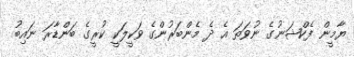
ޔާމީން ފެކްޝަނުގެ ނުވަތަ އެ ދެ މެންބަރުންގެ ވަކީލަކީ ކުރީގެ ބަންޑާރަ ނައިބު